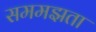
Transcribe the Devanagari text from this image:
सममझता